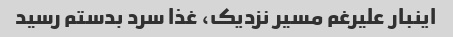
اینبار علیرغم مسیر نزدیک، غذا سرد بدستم رسید